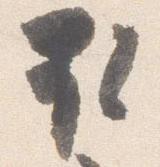
取